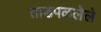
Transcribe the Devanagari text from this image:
ताडपळलेले